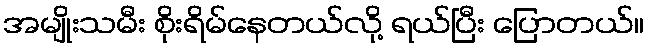
အမျိုးသမီး စိုးရိမ်နေတယ်လို့ ရယ်ပြီး ပြောတယ်။